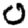
Digit: 0